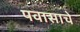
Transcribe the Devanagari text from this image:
पवासाचे